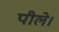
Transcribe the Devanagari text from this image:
पीले।